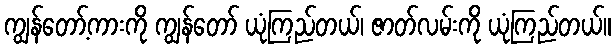
ကျွန်တော့်ကားကို ကျွန်တော် ယုံကြည်တယ်၊ ဇာတ်လမ်းကို ယုံကြည်တယ်။